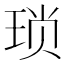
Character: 琐